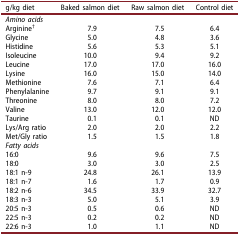
<table><thead><tr><td><b>g/kg diet</b></td><td><b>Baked salmon diet</b></td><td><b>Raw salmon diet</b></td><td><b>Control diet</b></td></tr></thead><tbody><tr><td><i>Amino acids</i></td><td> </td><td> </td><td> </td></tr><tr><td>Arginine<sup>†</sup></td><td>7.9</td><td>7.5</td><td>6.4</td></tr><tr><td>Glycine</td><td>5.0</td><td>4.8</td><td>3.6</td></tr><tr><td>Histidine</td><td>5.6</td><td>5.3</td><td>5.1</td></tr><tr><td>Isoleucine</td><td>10.0</td><td>9.4</td><td>9.2</td></tr><tr><td>Leucine</td><td>17.0</td><td>17.0</td><td>16.0</td></tr><tr><td>Lysine</td><td>16.0</td><td>15.0</td><td>14.0</td></tr><tr><td>Methionine</td><td>7.6</td><td>7.1</td><td>6.4</td></tr><tr><td>Phenylalanine</td><td>9.7</td><td>9.1</td><td>9.1</td></tr><tr><td>Threonine</td><td>8.0</td><td>8.0</td><td>7.2</td></tr><tr><td>Valine</td><td>13.0</td><td>12.0</td><td>12.0</td></tr><tr><td>Taurine</td><td>0.1</td><td>0.1</td><td>ND</td></tr><tr><td>Lys/Arg ratio</td><td>2.0</td><td>2.0</td><td>2.2</td></tr><tr><td>Met/Gly ratio</td><td>1.5</td><td>1.5</td><td>1.8</td></tr><tr><td><i>Fatty acids</i></td><td> </td><td> </td><td> </td></tr><tr><td>16:0</td><td>9.6</td><td>9.6</td><td>7.5</td></tr><tr><td>18:0</td><td>3.0</td><td>3.0</td><td>2.5</td></tr><tr><td>18:1 n-9</td><td>24.8</td><td>26.1</td><td>13.9</td></tr><tr><td>18:1 n-7</td><td>1.6</td><td>1.7</td><td>0.9</td></tr><tr><td>18:2 n-6</td><td>34.5</td><td>33.9</td><td>32.7</td></tr><tr><td>18:3 n-3</td><td>5.0</td><td>5.1</td><td>3.9</td></tr><tr><td>20:5 n-3</td><td>0.5</td><td>0.6</td><td>ND</td></tr><tr><td>22:5 n-3</td><td>0.2</td><td>0.2</td><td>ND</td></tr><tr><td>22:6 n-3</td><td>1.0</td><td>1.1</td><td>ND</td></tr></tbody></table>